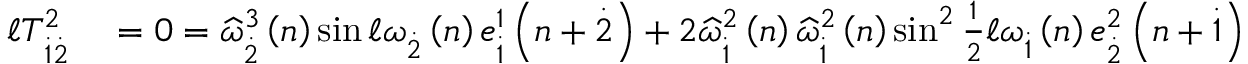
\begin{array} { r l } { \mathcal { \ell } T _ { \overset { . } { 1 } \overset { . } { 2 } } ^ { 2 } } & { { } = 0 = \widehat { \omega } _ { \overset { . } { 2 } } ^ { 3 } \left( n \right) \sin \mathcal { \ell } \omega _ { \overset { . } { 2 } } \left( n \right) e _ { \overset { . } { 1 } } ^ { 1 } \left( n + \overset { . } { 2 } \right) + 2 \widehat { \omega } _ { \overset { . } { 1 } } ^ { 2 } \left( n \right) \widehat { \omega } _ { \overset { . } { 1 } } ^ { 2 } \left( n \right) \sin ^ { 2 } \frac { 1 } { 2 } \mathcal { \ell } \omega _ { \overset { . } { 1 } } \left( n \right) e _ { \overset { . } { 2 } } ^ { 2 } \left( n + \overset { . } { 1 } \right) } \end{array}